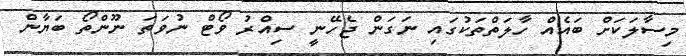
މިސާލަކަށް ބައެއް ހާލަތްތަކުގައި ނަގަން ޖެހޭނީ ސިއްރު ވޯޓް ނުވަތަ ނޫންތޯ ބަޔާން